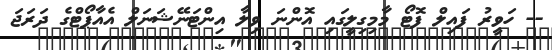
-- ހަވީރު ފައިލް ފޮޓޯ މާމިގިލީގައި އޮންނަ ވިލާ އިންޓަނޭޝަނަލް އެއާޕޯޓްގެ ދަރަޖަ